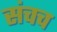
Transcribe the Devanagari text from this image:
संचच